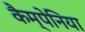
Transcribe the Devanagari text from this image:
कैम्पेनिया